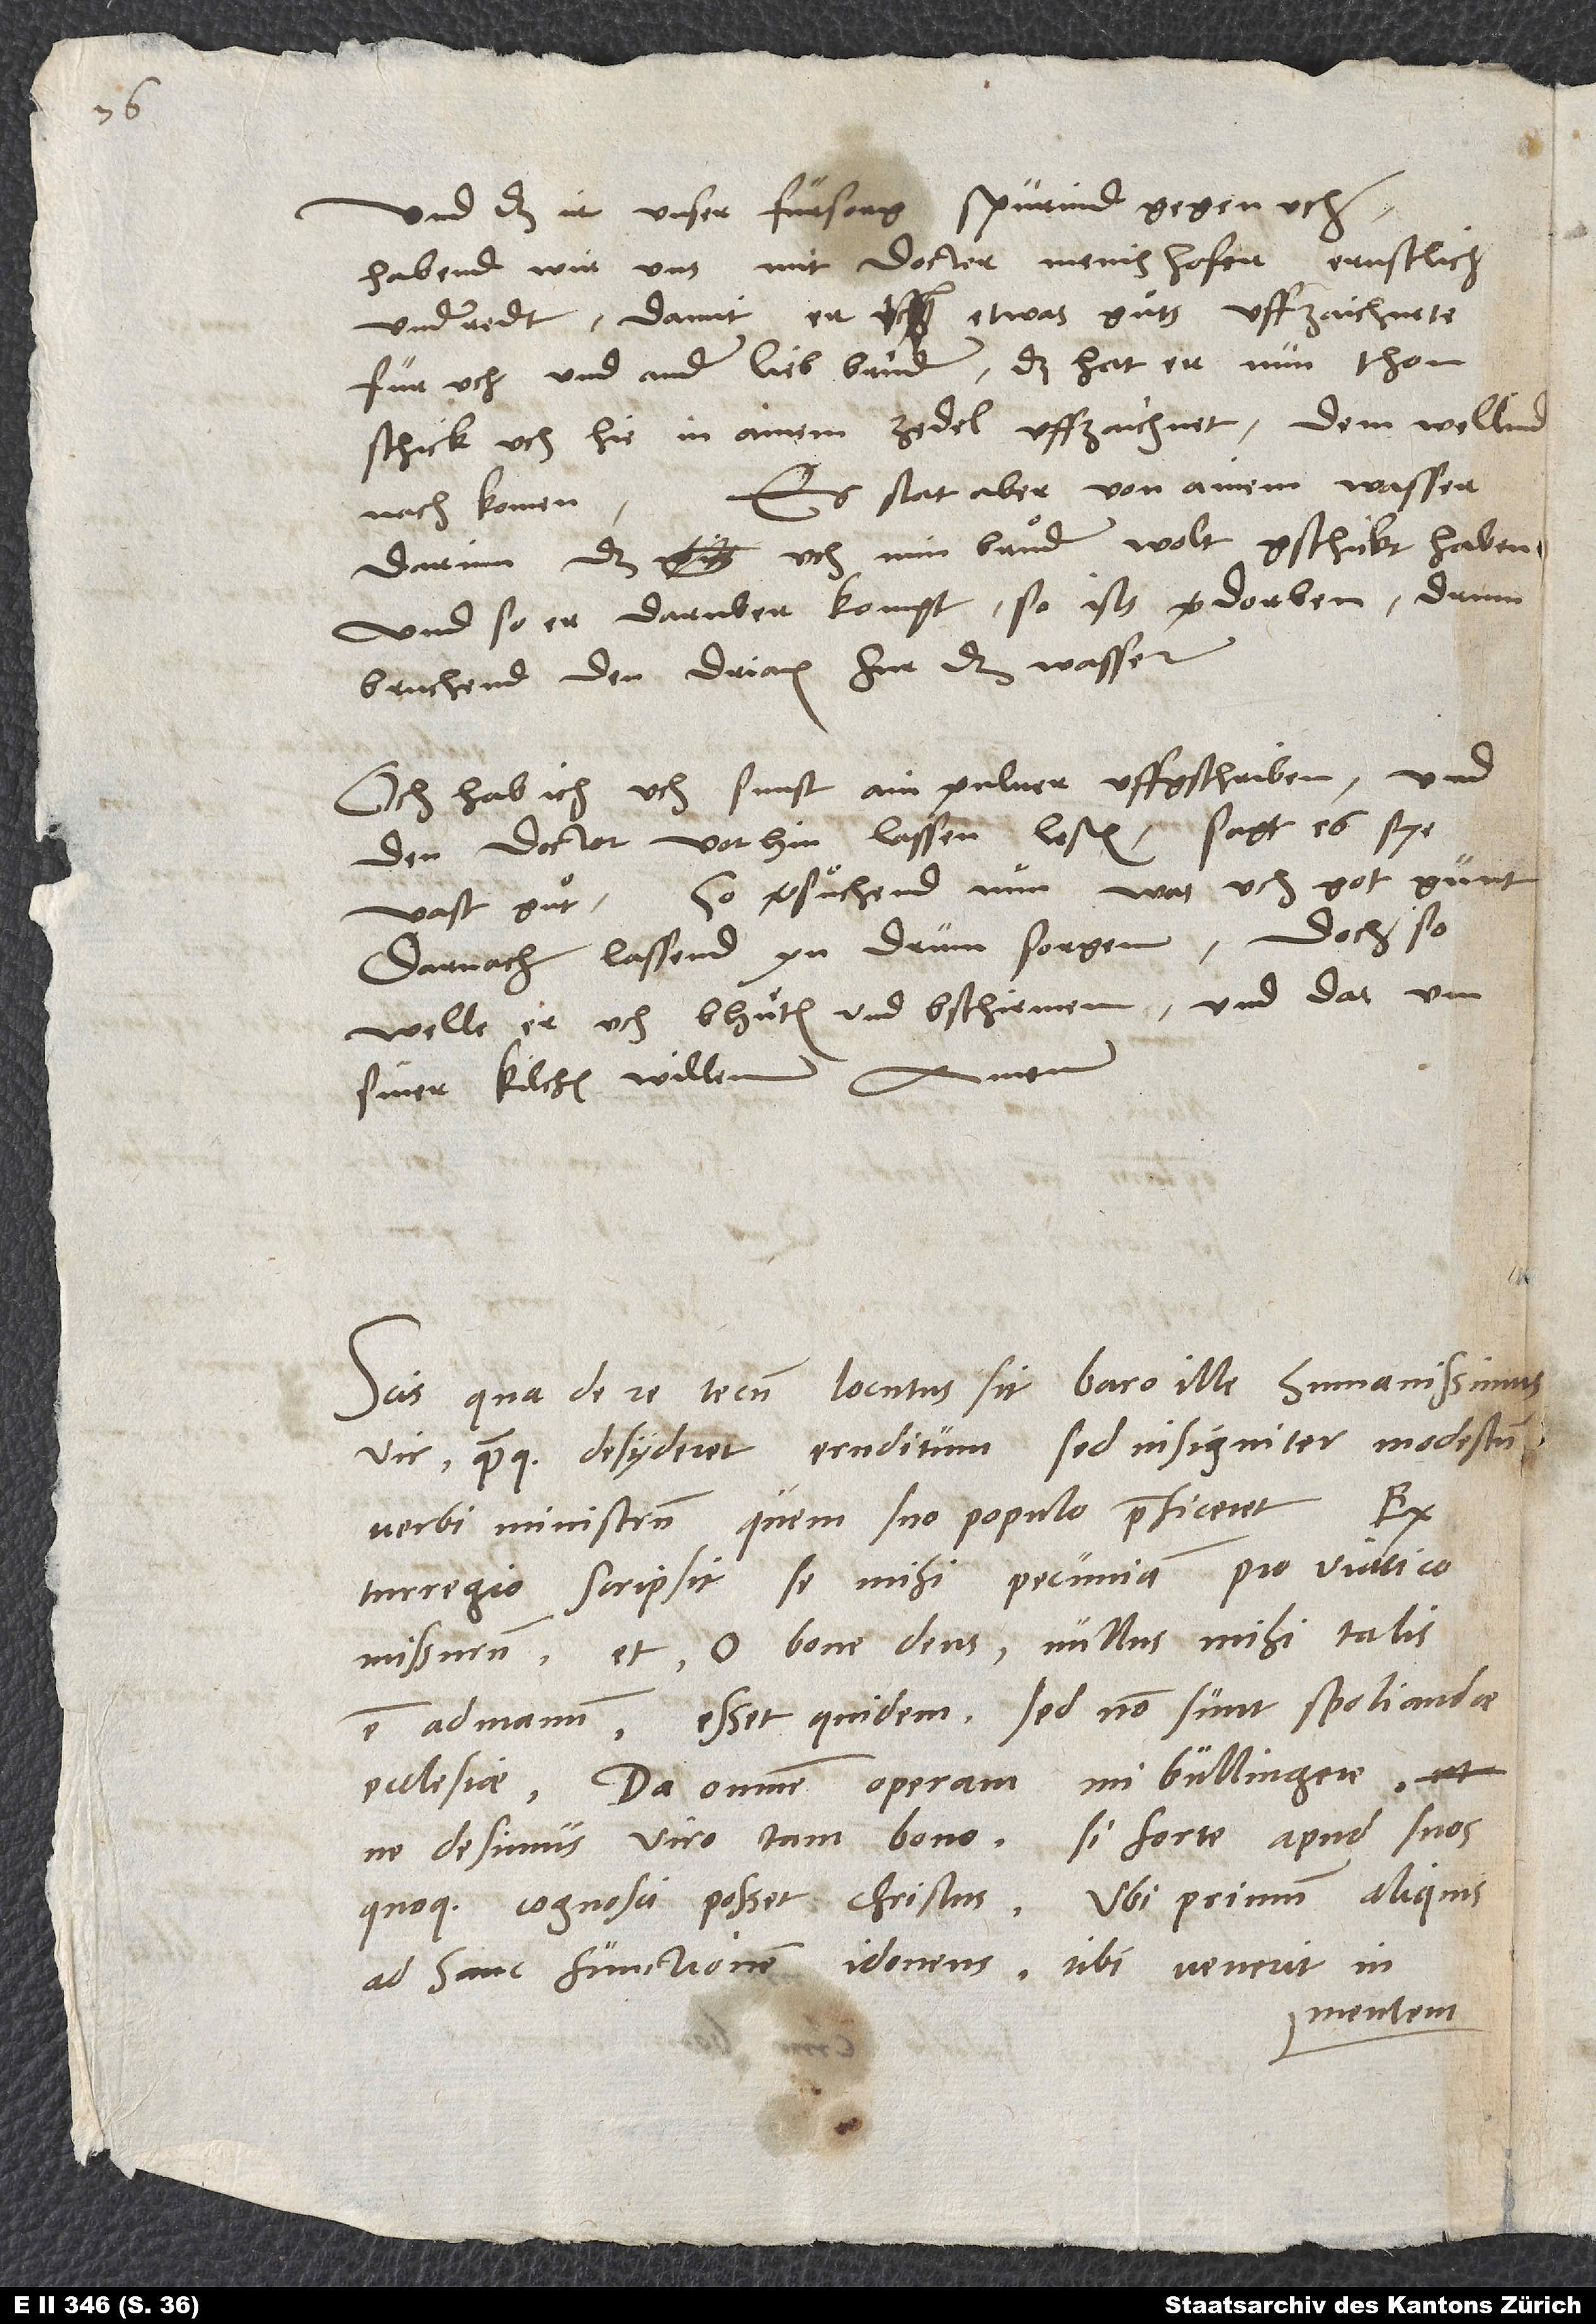
Und daß ir unser fürsorg spürind gegen uch,
habend wir uns mit docter Menishofer ernstlich
underredt, damit er etwas guͦts uffzaichnete
für uch und ander lieb bruͤder. Das hat er nun thon.
Schick uch hie in ainem zedel uffzaichnet: dem wellind
Es stat aber von ainem wasser
nachkomen.
darinn, das uch min bruͦder wolt gschickt haben,
und so er daruber kompt, so ists verdorben; drum
bruchend den driax fur das wasser.
Och hab ich uch sunst ain pulver uffgschriben und
den doctor vorhin lassen lesen. Sagt, es sye
vast guͦt So versuͦchend nun, was uch got gunt;
darnach lassend yn drum sorgen. Doch so
welle er uch bhuͤten und bschirmen, und das um
siner kilchen willen. Amen.
Scis, qua de re tecum locutus sit baro ille, humanissimus
vir, quamque desyderet eruditum, sed insigniter modestum
verbi ministrum, quem suo populo praeficeret. Ex
Turregio scripsit se mihi pecuniam pro viatico
missurum, et, o bone deus, nullus mihi talis
est ad manum; esset quidem, sed non sunt spoliandae
ecclesiae. Da omnem operam, mi Bullingere,
ne desimus viro tam bono, si forte apud suos
quoque cognosci posset Christus. Ubi primum aliquis
ad hanc functionem idoneus tibi venerit in
mentem,